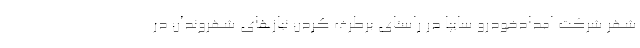
شهر شرکت امدادخودرو سایپا در راستای برطرف کردن نیازهای شهروندان در